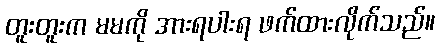
တူးတူးက မမကို အားရပါးရ ဖက်ထားလိုက်သည်။